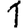
Digit: 1